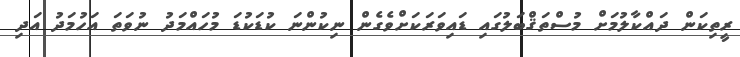
ރީތިކަން ދައްކާލުމަށް މުސްތަޤްބަލުގައި ޑައިވަރަކަށްވެގެން ނިކުންނަ ކުޑަކުޑަ މުހައްމަދު ނުވަތަ އަހުމަދު އަދި